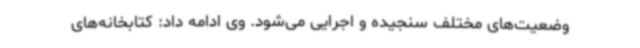
وضعیت‌های مختلف سنجیده و اجرایی می‌شود. وی ادامه داد: کتابخانه‌های